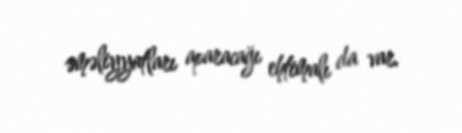
əməliyyatları aparacağı ehtimalı da var.